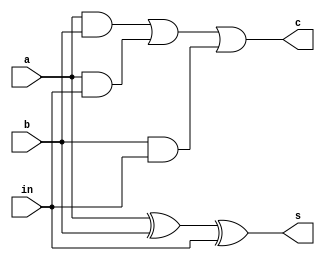
`timescale 1ns / 1ps
//////////////////////////////////////////////////////////////////////////////////
// Anurat Bhattacharya : 19CS10071
// Sunanda Mandal : 19CS10060
// 
// Design Name: 
// Module Name:    fa 
// Project Name: 
// Target Devices: 
// Tool versions: 
// Description: 
//
// Dependencies: 
//
// Revision: 
// Revision 0.01 - File Created
// Additional Comments: 
//
//////////////////////////////////////////////////////////////////////////////////
module fullAdder(a,b,in,s,c);
	//Inputs and outputs
    input a;
    input b;
	 input in;
    output s;
    output c;
	 wire w1,w2,w3,w4;
    xor G1(w4,a,b);//a^b
	 xor G6(s,w4,in);//a^b^in that is the sum
	 and G2(w1,a,b);//a&b
	 and G3(w2,a,in);//a&in
	 and G4(w3,b,in);//b&in
	 or G5(c,w1,w2,w3);//c = a.b+b.in+a.in


endmodule